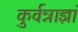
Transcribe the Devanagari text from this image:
कुर्वन्नाज्ञां